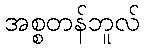
အစ္စတန်ဘူလ်